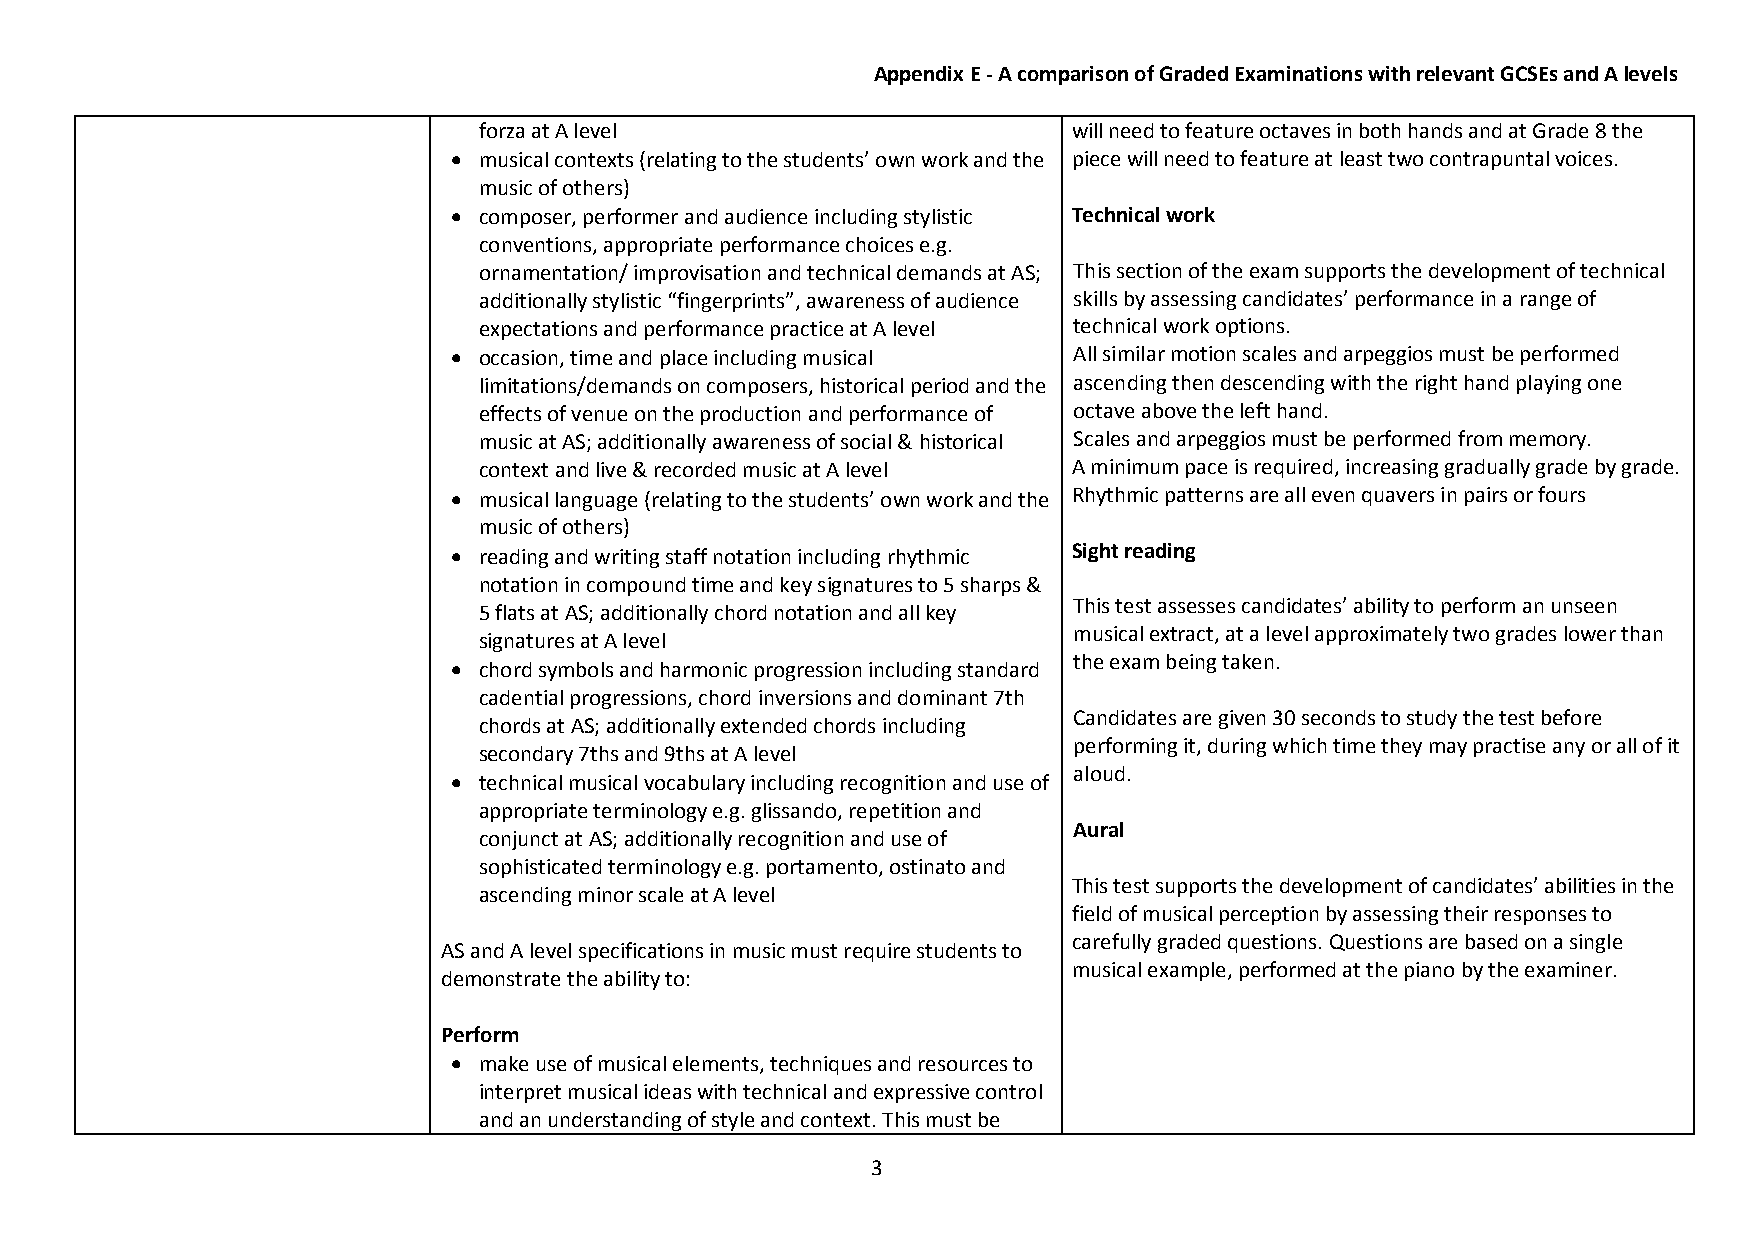
Appendix E - A comparison of Graded Examinations with relevant GCSEs and A levels
 forza at A level                       will need to feature octaves in both hands and at Grade 8 the
  musical contexts (relating to the students’ own work and the piece will need to feature at least two contrapuntal voices.
 music of others)
  composer, performer and audience including stylistic Technical work
 conventions, appropriate performance choices e.g.
 ornamentation/ improvisation and technical demands at AS; This section of the exam supports the development of technical
 additionally stylistic “fingerprints”, awareness of audience skills by assessing candidates’ performance in a range of
 expectations and performance practice at A level technical work options.
  occasion, time and place including musical All similar motion scales and arpeggios must be performed
 limitations/demands on composers, historical period and the ascending then descending with the right hand playing one
 effects of venue on the production and performance of octave above the left hand.
 music at AS; additionally awareness of social & historical Scales and arpeggios must be performed from memory.
 context and live & recorded music at A level A minimum pace is required, increasing gradually grade by grade.
  musical language (relating to the students’ own work and the Rhythmic patterns are all even quavers in pairs or fours
 music of others)
  reading and writing staff notation including rhythmic Sight reading
 notation in compound time and key signatures to 5 sharps &
 5 flats at AS; additionally chord notation and all key This test assesses candidates’ ability to perform an unseen
 signatures at A level                  musical extract, at a level approximately two grades lower than
 the exam being taken.
  chord symbols and harmonic progression including standard
 cadential progressions, chord inversions and dominant 7th
 Candidates are given 30 seconds to study the test before
 chords at AS; additionally extended chords including
 performing it, during which time they may practise any or all of it
 secondary 7ths and 9ths at A level
 aloud.
  technical musical vocabulary including recognition and use of
 appropriate terminology e.g. glissando, repetition and
 Aural
 conjunct at AS; additionally recognition and use of
 sophisticated terminology e.g. portamento, ostinato and
 This test supports the development of candidates’ abilities in the
 ascending minor scale at A level
 field of musical perception by assessing their responses to
 carefully graded questions. Questions are based on a single
 AS and A level specifications in music must require students to
 musical example, performed at the piano by the examiner.
 demonstrate the ability to:
 Perform
  make use of musical elements, techniques and resources to
 interpret musical ideas with technical and expressive control
 and an understanding of style and context. This must be
 3